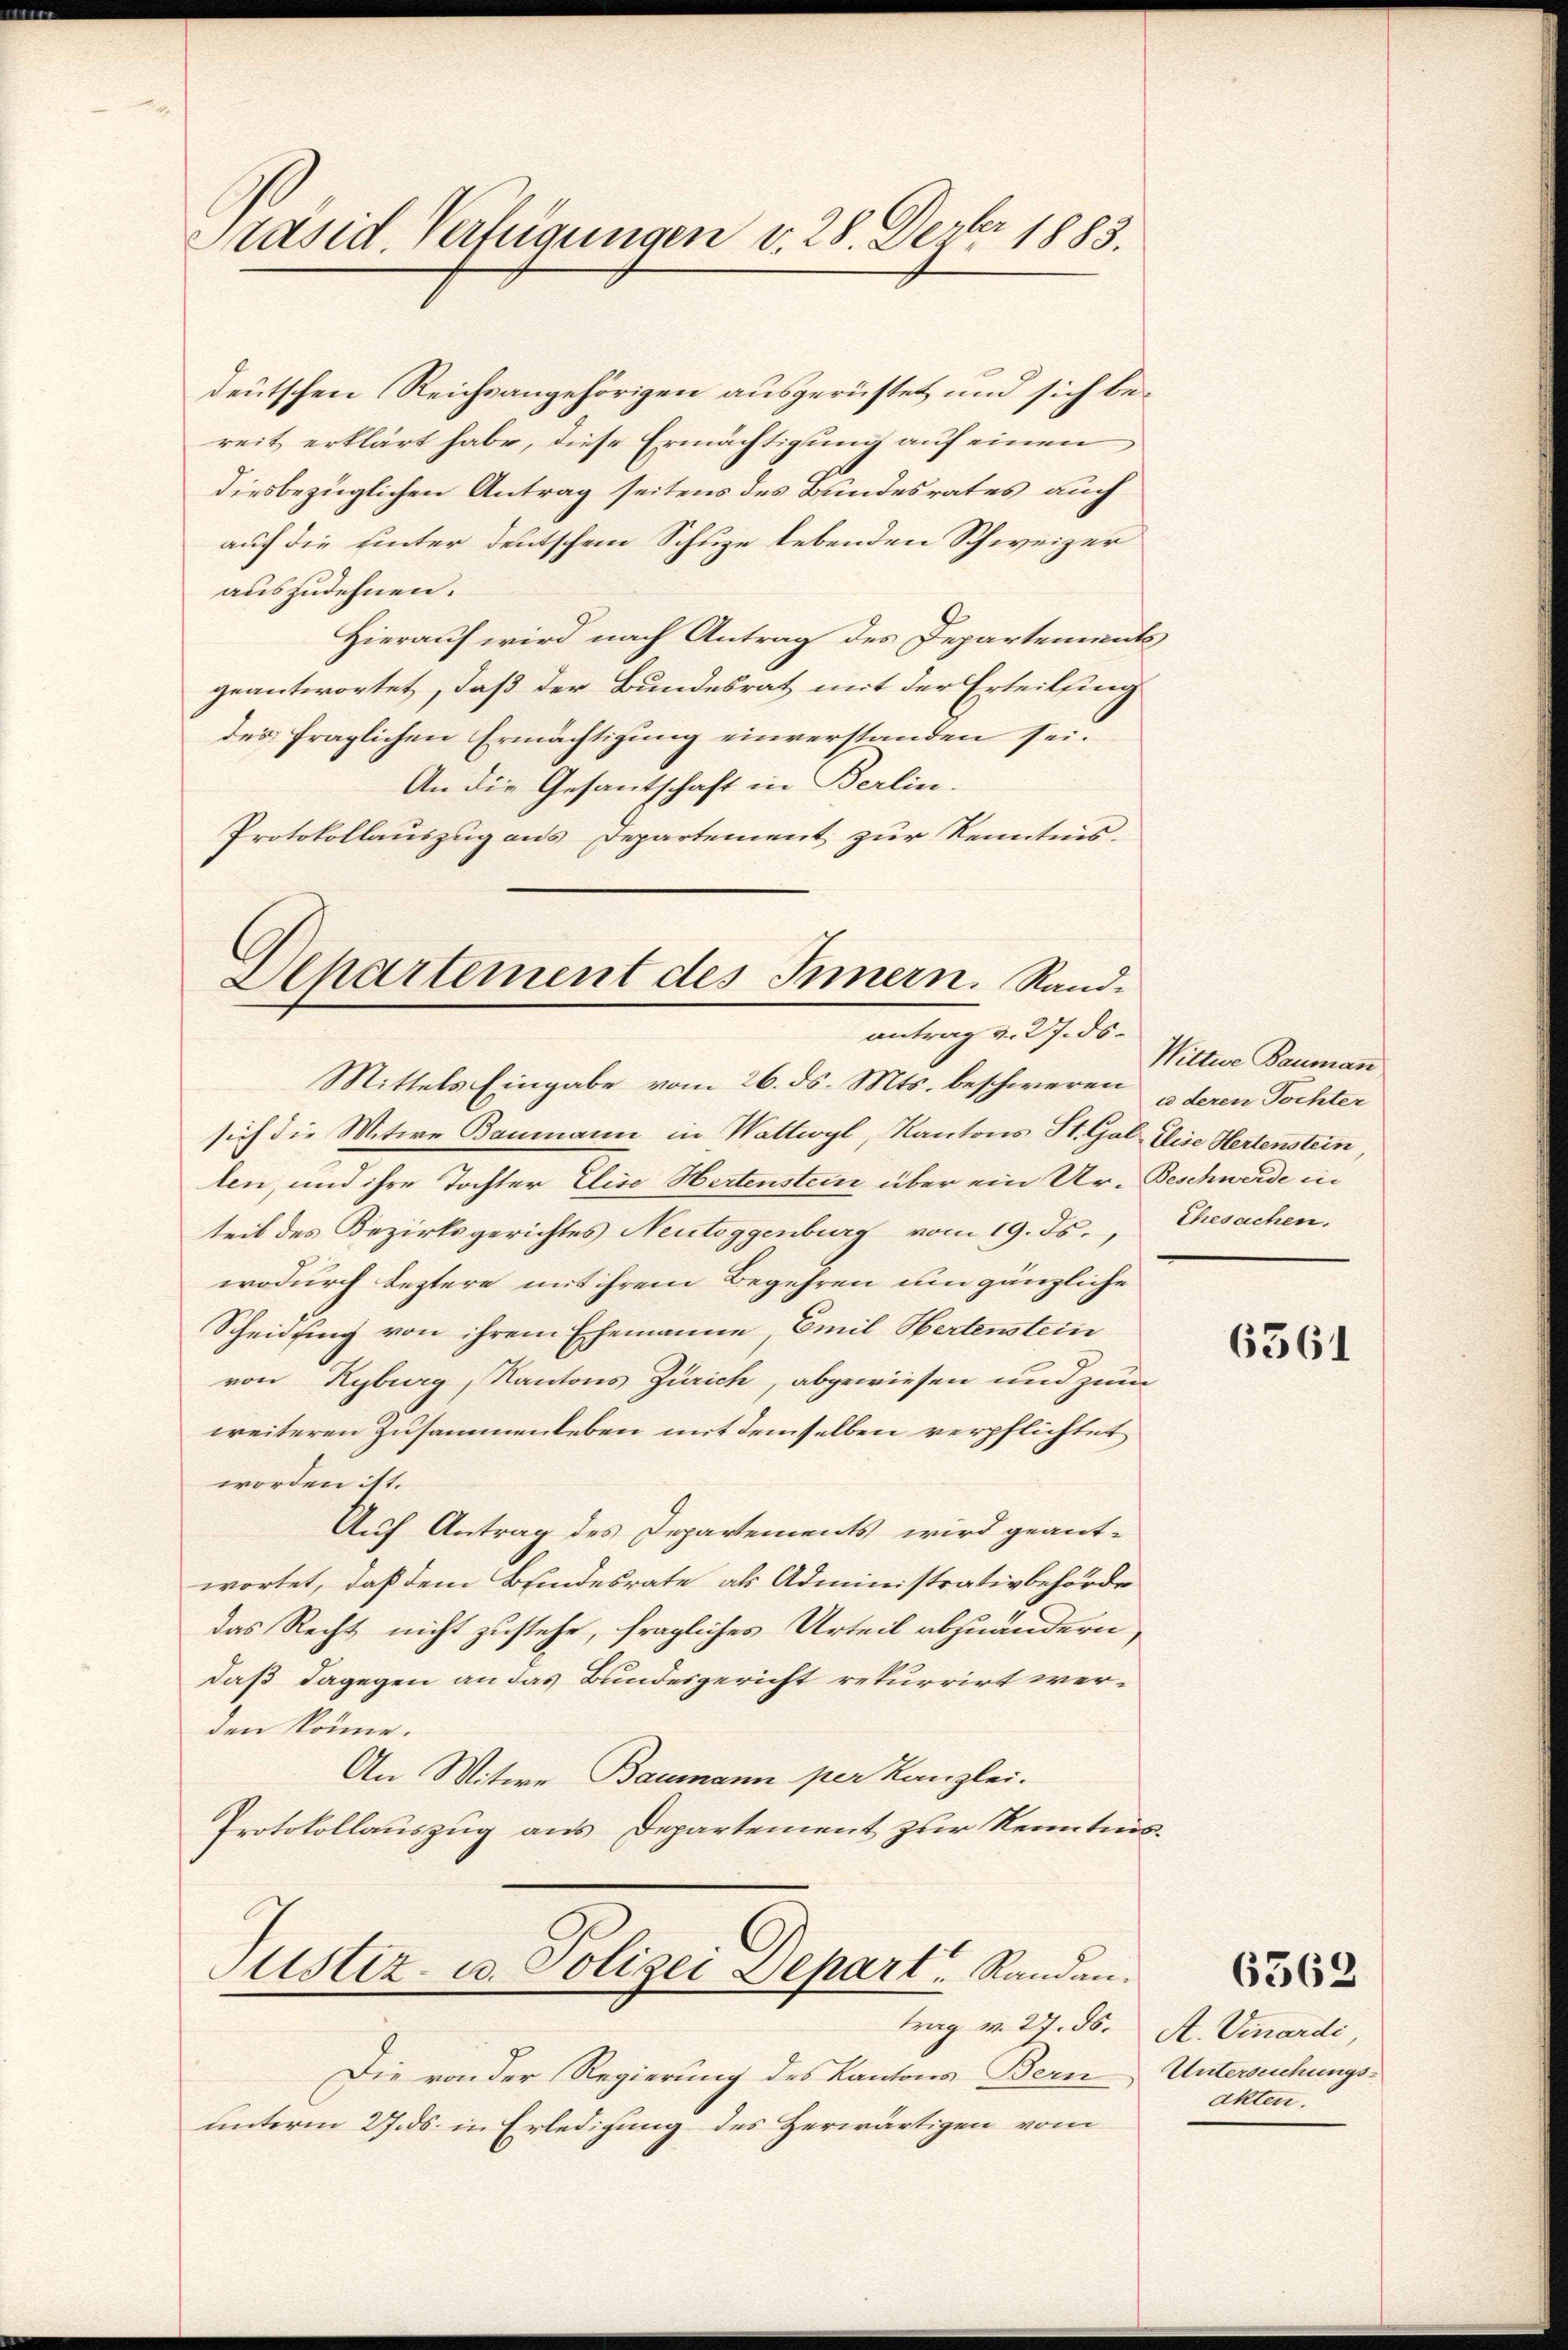
deutschen Reichsangehörigen ausgerüstet und sich bereit erklärt habe, diese Ermächtigung auf einen
diesbezüglichen Antrag seitens des Bundesrates auch
auf die Einter deutschem Schuze lebenden Schweizer
auszudehnen.
Hierauf wird nach Antrag des Departements
geantwortet, daß der Bundesrat mit der Erteilung
des fraglichen Ermächtigung einverstanden sei.
An die Gesantschaft in Berlin.
Protokollauszug aus Departement zur Kenntnis.

Präsid. Verfügungen v. 28. Dezbr 1883.

Apartement des Innern. Sandantrag v. 27. ds.
Mittels Eingabe vom 26. ds. Mts. beschweren „deren Tochter

sich die Witwe Baumann in Wattwyl, Kantons St. Gal. Die Hertenstein,
len, und ihre Tochter Elise Hertenstein über ein Ur-Beschwerde in
teil des Bezirksgerichtes Neutoggenburg vom 19. ds., Ehesachen.
wodurch leztere mit ihrem Begehren um gänzliche
Scheidung von ihrem Ehemanne, Emil Hertenstein
von Kyburg, Kantons Zürich, abgewiesen und zum
weiteren Zusammenleben mit demselben verpflichtet
worden ist.
Auf Antrag des Departements wird geant-
wortet, daß dem Bundesrate als Administrativbehörde
das Recht nicht zustehe, fragliches Urteil abzuändern,
daß dagegen an das Bundesgericht rekurrirt werden könne.
An Witwe Baumann per Kanzlei.
Protokollauszug aus Departement zur Kenntnis.

Justiz- u. Polizei Depart Randantrag v. 27. ds.

Die von der Regierung des Kantons Bern
unterm 27. ds in Erledigung des Herwärtigen vom

Wittwe Bauman

6361

6362

A. Vinardi
Unterseichungs-
akten.